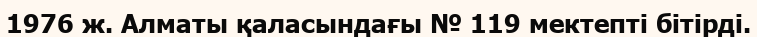
1976 ж. Алматы қаласындағы № 119 мектепті бітірді.